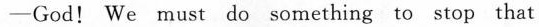
-God! We must do something to stop that